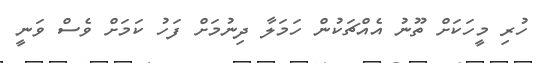
ހުރި މީހަކަށް ތޫނު އެއްޗަކުން ހަމަލާ ދިނުމަށް ފަހު ކަމަށް ވެސް ވަނީ